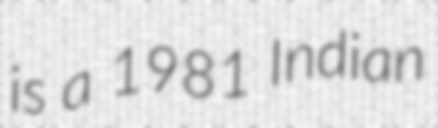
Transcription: is a 1981 Indian